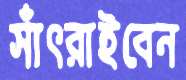
সাঁৎরাইবেন